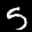
Label: 5